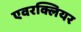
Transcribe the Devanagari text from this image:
एवरक्लियर